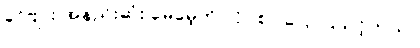
ခင်ဗျား အနည်းဆုံး မေမေ့ကို လိပ်စာ ပြောပြသင့်တယ်။